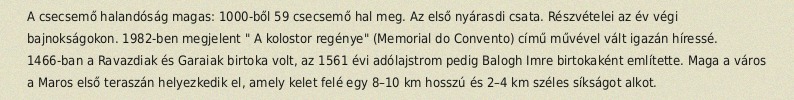
A csecsemő halandóság magas: 1000-ből 59 csecsemő hal meg. Az első nyárasdi csata. Részvételei az év végi bajnokságokon. 1982-ben megjelent " A kolostor regénye" (Memorial do Convento) című művével vált igazán híressé. 1466-ban a Ravazdiak és Garaiak birtoka volt, az 1561 évi adólajstrom pedig Balogh Imre birtokaként említette. Maga a város a Maros első teraszán helyezkedik el, amely kelet felé egy 8–10 km hosszú és 2–4 km széles síkságot alkot.